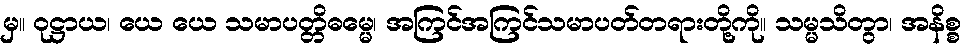
မှ။ ဝုဋ္ဌာယ၊ ယေ ယေ သမာပတ္တိဓမ္မေ၊ အကြင်အကြင်သမာပတ်တရားတို့ကို။ သမ္မသိတွာ၊ အနိစ္စ